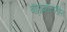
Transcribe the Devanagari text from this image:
बाह्यज्ञानरहित